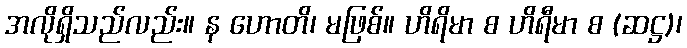
အလိုရှိသည်လည်း။ န ဟောတိ၊ မဖြစ်။ ဟိရိမာ စ ဟိရီမာ စ (ဆဋ္ဌ)၊